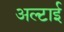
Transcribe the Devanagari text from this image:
अल्टाई